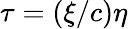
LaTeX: \tau=(\xi/c)\eta